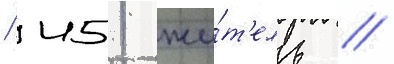
/ 451 жи́т'ель /